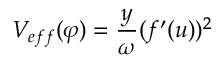
V _ { e f f } ( \varphi ) = \frac { y } { \omega } ( f ^ { \prime } ( u ) ) ^ { 2 }